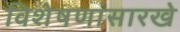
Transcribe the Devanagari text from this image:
विशेषणांसारखे